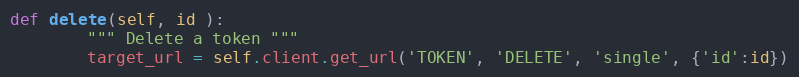
Language: Python
def delete(self, id ):
        """ Delete a token """
        target_url = self.client.get_url('TOKEN', 'DELETE', 'single', {'id':id})